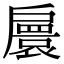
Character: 𢩠